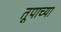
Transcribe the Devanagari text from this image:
तूपाच्या